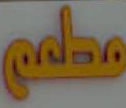
معلمى